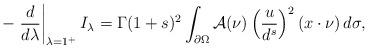
LaTeX: \begin{align*}-\left.\frac{d}{d\lambda}\right|_{\lambda=1^+}I_\lambda=\Gamma(1+s)^2\int_{\partial\Omega}\mathcal A(\nu)\left(\frac{u}{d^s}\right)^2(x\cdot\nu)\,d\sigma,\end{align*}